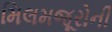
મિલમજૂરોની